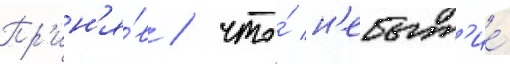
Пр'ин'я́в / что́ н'ебыт'ие́